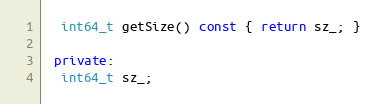
Language: C++
  int64_t getSize() const { return sz_; }

 private:
  int64_t sz_;